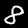
Digit: 8